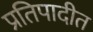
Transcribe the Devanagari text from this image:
प्रतिपादीत